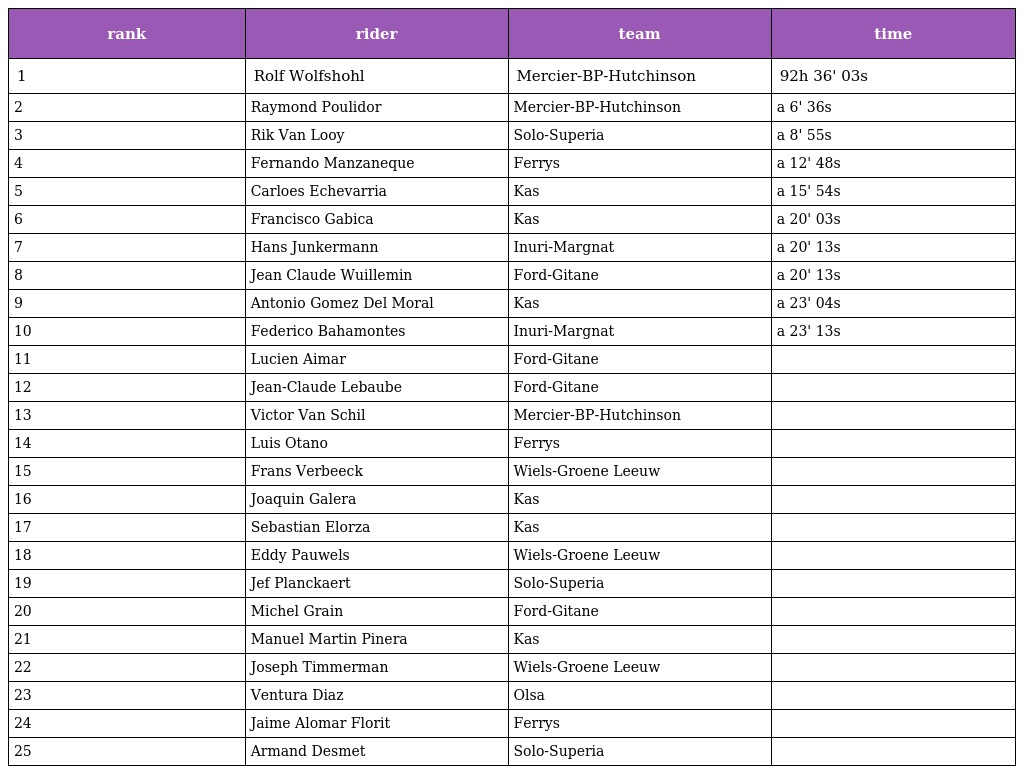
| rank | rider | team | time |
 | --- | --- | --- | --- |
 | 1 | Rolf Wolfshohl | Mercier-BP-Hutchinson | 92h 36' 03s |
 | 2 | Raymond Poulidor | Mercier-BP-Hutchinson | a 6' 36s |
 | 3 | Rik Van Looy | Solo-Superia | a 8' 55s |
 | 4 | Fernando Manzaneque | Ferrys | a 12' 48s |
 | 5 | Carloes Echevarria | Kas | a 15' 54s |
 | 6 | Francisco Gabica | Kas | a 20' 03s |
 | 7 | Hans Junkermann | Inuri-Margnat | a 20' 13s |
 | 8 | Jean Claude Wuillemin | Ford-Gitane | a 20' 13s |
 | 9 | Antonio Gomez Del Moral | Kas | a 23' 04s |
 | 10 | Federico Bahamontes | Inuri-Margnat | a 23' 13s |
 | 11 | Lucien Aimar | Ford-Gitane |  |
 | 12 | Jean-Claude Lebaube | Ford-Gitane |  |
 | 13 | Victor Van Schil | Mercier-BP-Hutchinson |  |
 | 14 | Luis Otano | Ferrys |  |
 | 15 | Frans Verbeeck | Wiels-Groene Leeuw |  |
 | 16 | Joaquin Galera | Kas |  |
 | 17 | Sebastian Elorza | Kas |  |
 | 18 | Eddy Pauwels | Wiels-Groene Leeuw |  |
 | 19 | Jef Planckaert | Solo-Superia |  |
 | 20 | Michel Grain | Ford-Gitane |  |
 | 21 | Manuel Martin Pinera | Kas |  |
 | 22 | Joseph Timmerman | Wiels-Groene Leeuw |  |
 | 23 | Ventura Diaz | Olsa |  |
 | 24 | Jaime Alomar Florit | Ferrys |  |
 | 25 | Armand Desmet | Solo-Superia |  |